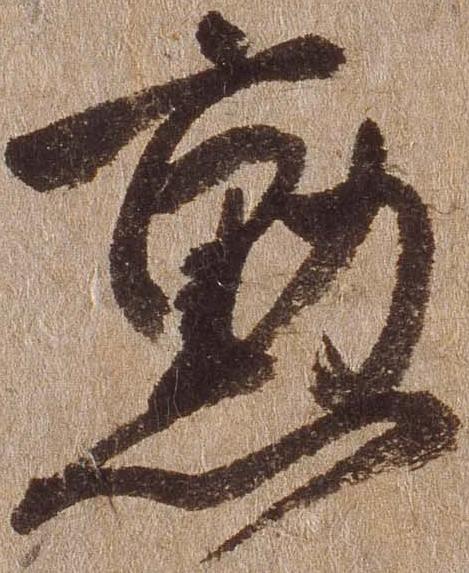
勲